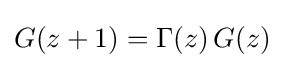
G(z+1)=\Gamma (z)\,G(z)